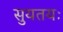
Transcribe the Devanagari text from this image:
सुयतयः